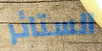
الستائر